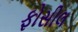
ફોસીલ